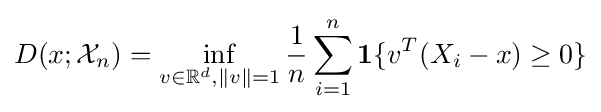
D(x;{\mathcal {X}}_{n})=\inf _{v\in \mathbb {R} ^{d},\|v\|=1}{\frac {1}{n}}\sum _{i=1}^{n}\mathbf {1} \{v^{T}(X_{i}-x)\geq 0\}